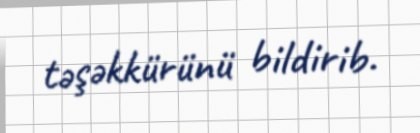
təşəkkürünü bildirib.